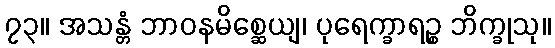
၇၃။ အသန္တံ ဘာဝနမိစ္ဆေယျ၊ ပုရေက္ခာရဉ္စ ဘိက္ခုသု။